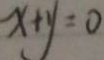
x + y = 0